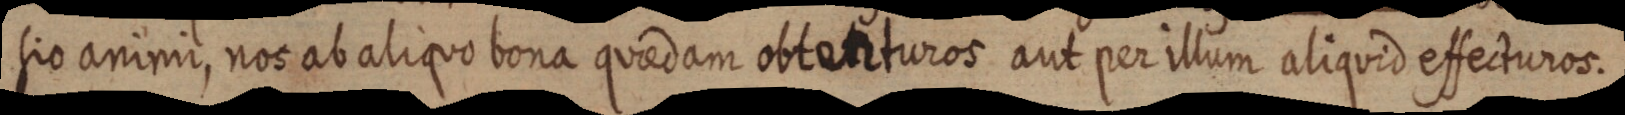
sio animi, nos ab aliquo bona quaedam obterturos aut per illum aliquid effecturos.